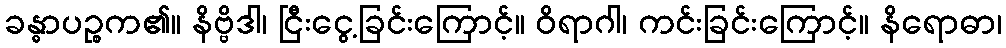
ခန္ဓာပဉ္စက၏။ နိဗ္ဗိဒါ၊ ငြီးငွေ့ခြင်းကြောင့်။ ဝိရာဂါ၊ ကင်းခြင်းကြောင့်။ နိရောဓာ၊